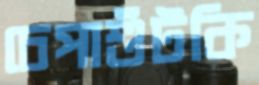
চেপাশুঁটকি